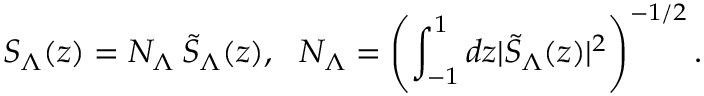
S _ { \Lambda } ( z ) = N _ { \Lambda } \: \tilde { S } _ { \Lambda } ( z ) , \: \: \: N _ { \Lambda } = \left( \int _ { - 1 } ^ { 1 } d z \vert \tilde { S } _ { \Lambda } ( z ) \vert ^ { 2 } \right) ^ { - 1 / 2 } .